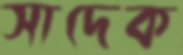
সাদেক